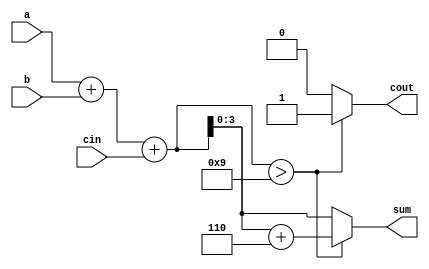
module BCD(input[3:0] a,
input[3:0] b,
input cin,
output reg [3:0] sum,
output reg cout

    );
    reg [4:0] temp;
    always@(*)
begin
    temp<=a+b+cin;
    if(temp>4'b1001)
        begin
    cout<=1;
    sum<=temp+4'b0110;
        end
    else 
        begin
    cout<=0;
    sum<=temp;
        end
end
    
    
    
    
    
endmodule